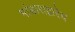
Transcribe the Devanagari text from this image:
भांडाराद्वारेच